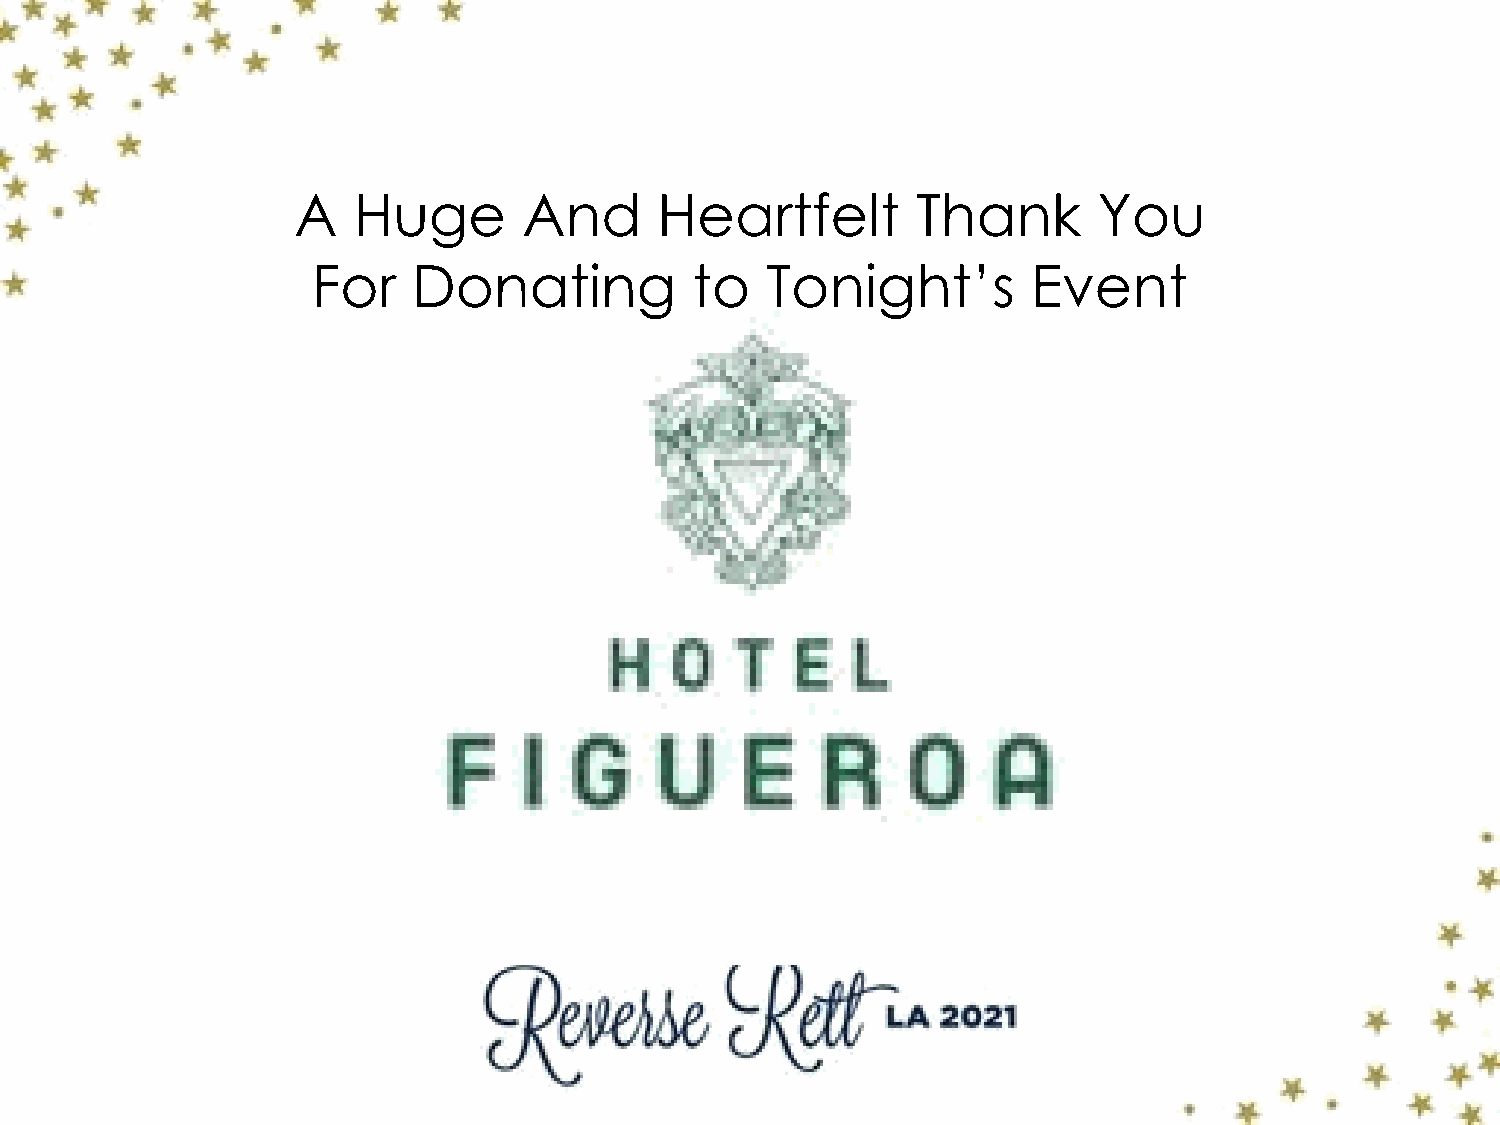
A   Huge        And      Heartfelt        Thank       You
 For   Donating           to   Tonight’s        Event